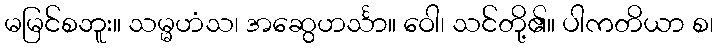
မမြင်စဘူး။ သမ္မဟံသ၊ အဆွေဟင်္သာ။ ဝေါ၊ သင်တို့၏။ ပါကတိယာ စ၊